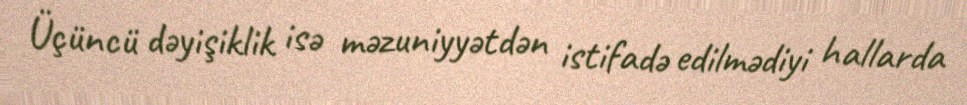
Üçüncü dəyişiklik isə məzuniyyətdən istifadə edilmədiyi hallarda